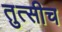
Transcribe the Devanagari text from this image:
तुत्‍सीच